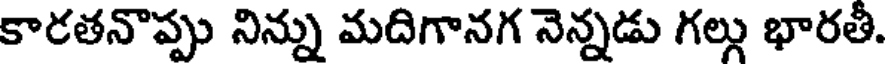
కారతనావ్పు నిన్ను మదిగానగ నెన్నడు గల్లు భారతీ.